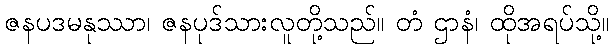
ဇနပဒမနုဿာ၊ ဇနပုဒ်သားလူတို့သည်။ တံ ဌာနံ၊ ထိုအရပ်သို့။